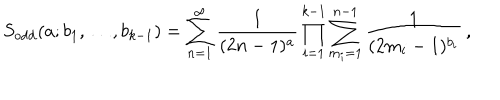
S _ { \mathrm { o d d } } ( a ; b _ { 1 } , \ldots , b _ { k - 1 } ) = \sum _ { n = 1 } ^ { \infty } \frac { 1 } { ( 2 n - 1 ) ^ { a } } \prod _ { i = 1 } ^ { k - 1 } \sum _ { m _ { i } = 1 } ^ { n - 1 } \frac { 1 } { ( 2 m _ { i } - 1 ) ^ { b _ { i } } } \, ,